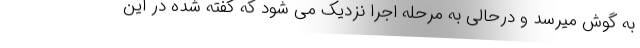
به گوش میرسد و درحالی به مرحله اجرا نزدیک می شود که گفته شده در این